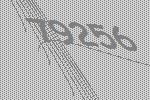
79256